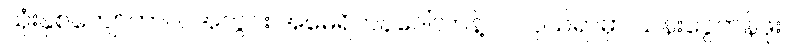
သုံးနှစ်ကျော်ကာလအတွင်း အမေရိကန်ဒေါ်လာနဲ့ လဲလှယ်ရာမှာ ယန်းငွေတန်ဖိုး